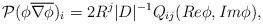
LaTeX: \begin{align*}\mathcal{P}(\phi\overline{\nabla\phi})_{i}=2R^{j}|D|^{-1}Q_{ij}(Re\phi, Im \phi),\end{align*}